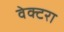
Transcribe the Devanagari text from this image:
वेक्टरा